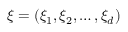
{ \boldsymbol { \xi } } = ( \xi _ { 1 } , \xi _ { 2 } , \ldots , \xi _ { d } )